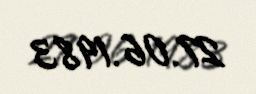
27.06.1983